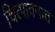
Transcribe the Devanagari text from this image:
चित्पावनात